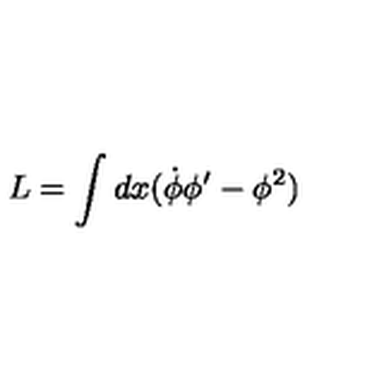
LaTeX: L = \int d x ( \dot { \phi } \phi ^ { \prime } - \phi ^ { 2 } )